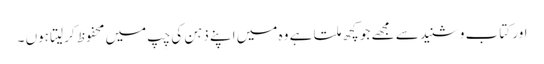
اور کتاب و شنید سے مجھے جو کچھ ملتا ہے وہ میں اپنے ذہن کی چِپ میں محفوظ کرلیتا ہوں ۔